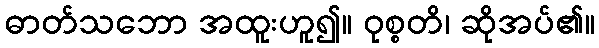
ဓာတ်သဘော အထူးဟူ၍။ ဝုစ္စတိ၊ ဆိုအပ်၏။